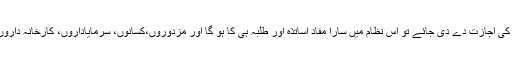
مثلا اگر اساتذہ اور طلبہ کو ملک کا نظام بنانے کی اجازت دے دی جائے تو اس نظام میں سارا مفاد اساتذہ اور طلبہ ہی کا ہو گا اور مزدوروں،کسانوں، سرمایاداروں، کارخانہ داروں اور ملازمین سب کا مفاد مجروح ہو جائے گا۔